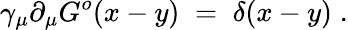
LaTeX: \gamma_{\mu}\partial_{\mu}G^{o}(x-y)\; =\; \delta(x-y)\; .